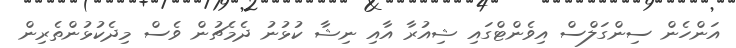
އަންހެން ސިންގަލްސް އިވެންޓްގައި ޝިއުރާ އާއި ނިޝާ ކުޅުނު ދެމެޗުން ވެސް މިދެކުޅުންތެރިން